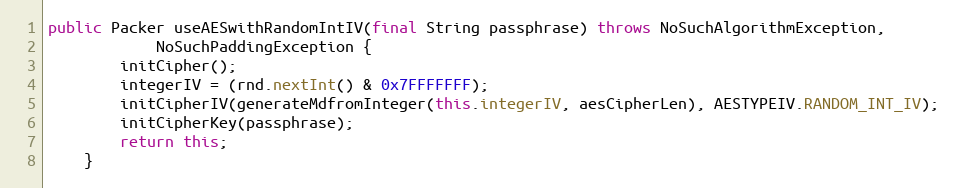
Language: Java
public Packer useAESwithRandomIntIV(final String passphrase) throws NoSuchAlgorithmException,
			NoSuchPaddingException {
		initCipher();
		integerIV = (rnd.nextInt() & 0x7FFFFFFF);
		initCipherIV(generateMdfromInteger(this.integerIV, aesCipherLen), AESTYPEIV.RANDOM_INT_IV);
		initCipherKey(passphrase);
		return this;
	}